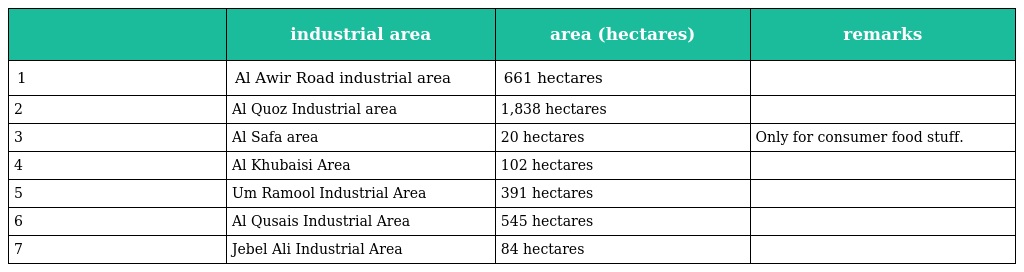
|  | industrial area | area (hectares) | remarks |
 | --- | --- | --- | --- |
 | 1 | Al Awir Road industrial area | 661 hectares |  |
 | 2 | Al Quoz Industrial area | 1,838 hectares |  |
 | 3 | Al Safa area | 20 hectares | Only for consumer food stuff. |
 | 4 | Al Khubaisi Area | 102 hectares |  |
 | 5 | Um Ramool Industrial Area | 391 hectares |  |
 | 6 | Al Qusais Industrial Area | 545 hectares |  |
 | 7 | Jebel Ali Industrial Area | 84 hectares |  |